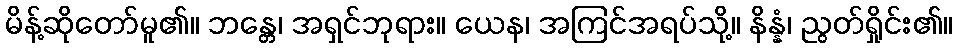
မိန့်ဆိုတော်မူ၏။ ဘန္တေ၊ အရှင်ဘုရား။ ယေန၊ အကြင်အရပ်သို့။ နိန္နံ၊ ညွတ်ရှိုင်း၏။